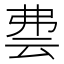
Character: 𬽀